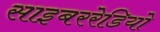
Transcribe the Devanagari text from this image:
साइबररेडियो